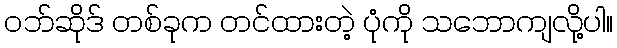
ဝဘ်ဆိုဒ် တစ်ခုက တင်ထားတဲ့ ပုံကို သဘောကျလို့ပါ။